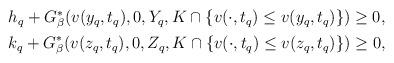
LaTeX: \begin{align*}\begin{aligned}& h_q+G_\beta^\ast(v(y_q, t_q), 0, Y_q, K \cap\{v(\cdot, t_q)\leq v(y_q, t_q)\})\geq 0, \\& k_q+G_\beta^\ast(v(z_q, t_q), 0, Z_q, K \cap\{v(\cdot, t_q)\leq v(z_q, t_q)\})\geq 0,\end{aligned}\end{align*}